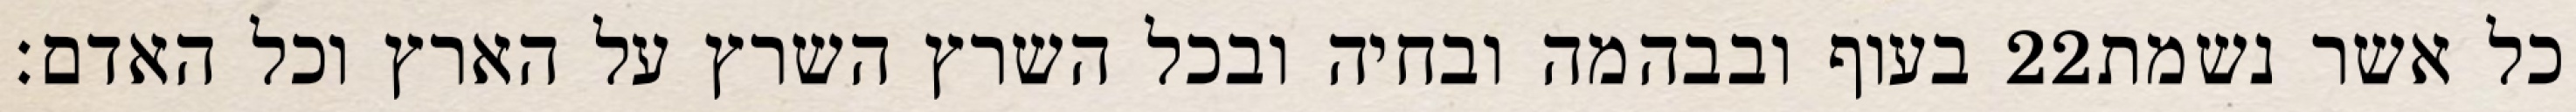
בעוף ובבהמה ובחיה ובכל השרץ השרץ על הארץ וכל האדם׃ ‎22‏ כל אשר נשמת